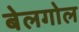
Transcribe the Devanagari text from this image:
बेलगोल